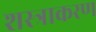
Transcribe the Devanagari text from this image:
शस्त्राकरण